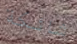
شائكة